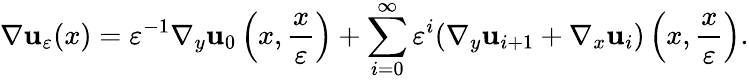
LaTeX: \nabla\mathbf{u}_{\varepsilon}(x)=\varepsilon^{-1}\nabla_{y}\mathbf{u}_{0}\left(x,\frac{{x}}{{\varepsilon}}\right)+\sum_{i=0}^{\infty}\varepsilon^{i}(\nabla_{y}\mathbf{u}_{i+1}+\nabla_{x}\mathbf{u}_{i})\left(x,\frac{{x}}{{\varepsilon}}\right).